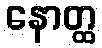
နောတ္ထ